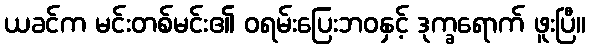
ယခင်က မင်းတစ်မင်း၏ ဝရမ်းပြေးဘဝနှင့် ဒုက္ခရောက် ဖူးပြီ။